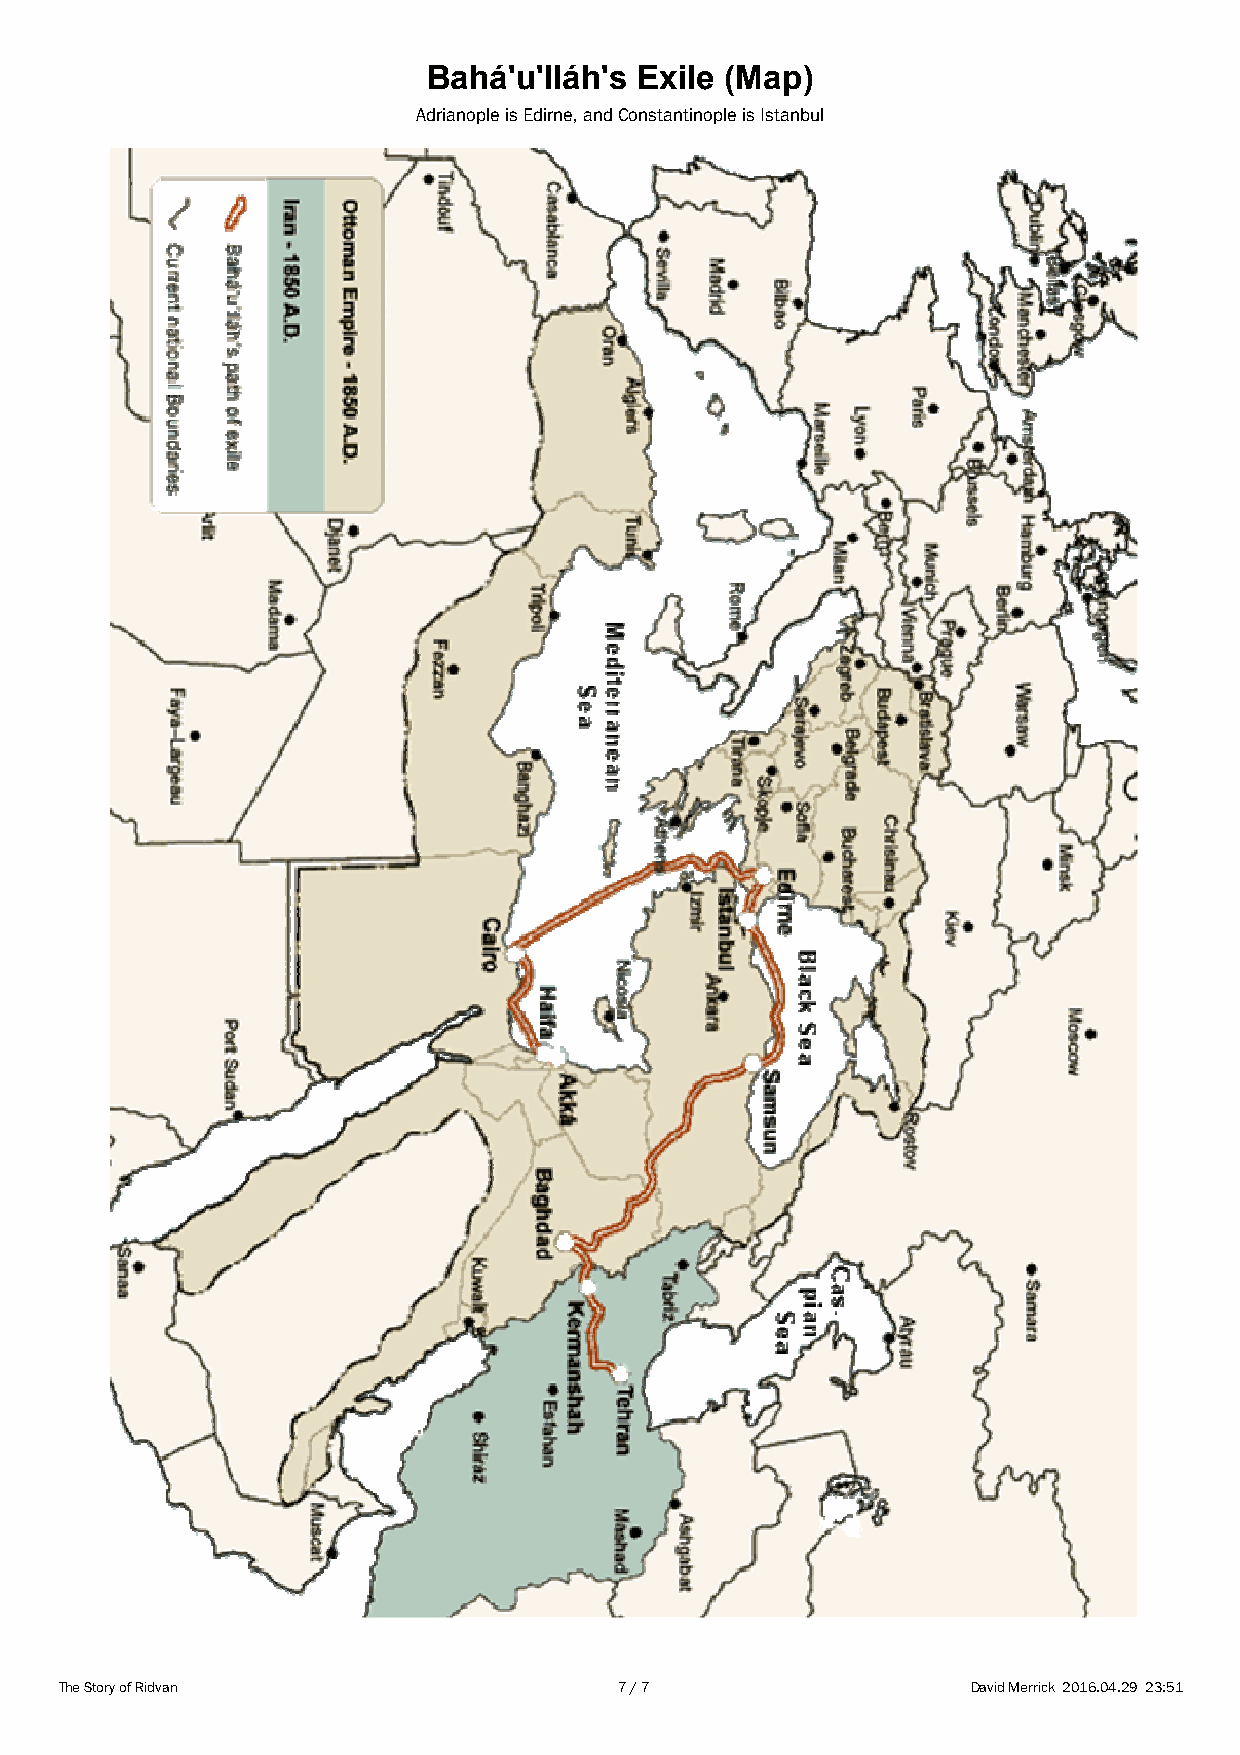
Bahá'u'lláh's Exile (Map)
 Adrianople is Edirne, and Constantinople is Istanbul
 The Story of Ridvan                  7 / 7                  David Merrick 2016.04.29 23:51